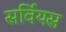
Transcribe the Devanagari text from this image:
सर्वियस